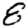
Digit: 8